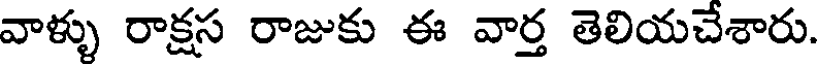
వాళ్ళు రాక్షస రాజుకు ఈ వార్త తెలియచేశారు.